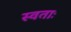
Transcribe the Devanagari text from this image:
स्वताः